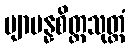
ဗျာပန္နစိတ္တသုတ္တံ